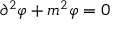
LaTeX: \partial ^ { 2 } \varphi + m ^ { 2 } \varphi = 0